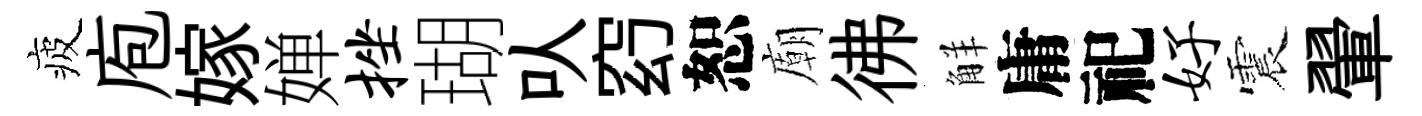
疲庖嫁婵挫瑚㕥𥥆恕廟彿觧庸祀好震翬